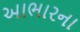
આભારના